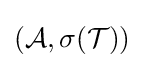
({\cal {A}},\sigma ({\cal {T}}))